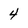
Character: 4